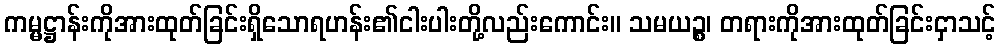
ကမ္မဋ္ဌာန်းကိုအားထုတ်ခြင်းရှိသောရဟန်း၏ငါးပါးတို့လည်းကောင်း။ သမယဉ္စ၊ တရားကိုအားထုတ်ခြင်းငှာသင့်